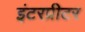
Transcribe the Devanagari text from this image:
इंटरप्रीटर